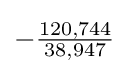
-{\tfrac {120,744}{38,947}}